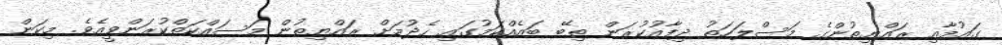
ގައުމާއި ރައްޔިތުންގެ މަސްލަހަތު ދިފާއުކުރަން ތިބޭ ބައެއްކަމުގައި ހެދުމަށް ރައްޔިތުން މަސައްކަތްކުރަންވީއެވެ. މިކަން